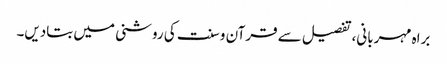
براہ مہربانی، تفصیل سے قرآن و سنت کی روشنی میں بتادیں۔